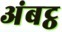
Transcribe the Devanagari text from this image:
अंबट्ठ